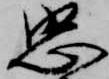
忠